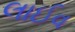
લાઈવ